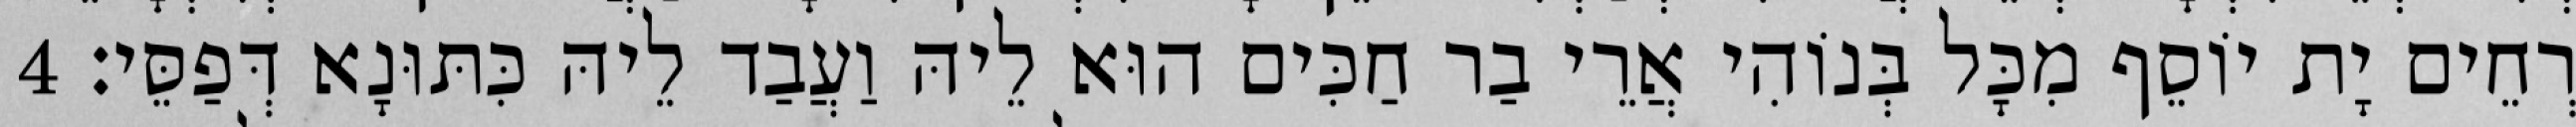
רְחֵים יָת יוֹסֵף מִכָּל בְּנוֹהִי אֲרֵי בַר חַכִּים הוּא לֵיהּ וַעֲבַד לֵיהּ כִּתּוּנָא דְּפַסֵּי׃ 4